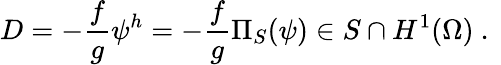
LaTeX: D=-\frac{f}{g}\psi^{h}=-\frac{f}{g}\Pi_{S}(\psi)\in S\cap H^{1}(\Omega)\mathrm{~.~}